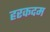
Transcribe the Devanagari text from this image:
हरकदम